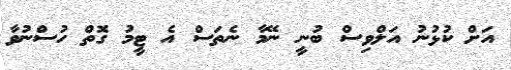
އަށް ކުޅުނު އަލްވިސް ބުނީ ނޭމާ ނެތަސް އެ ޓީމު ގޮތް ހުސްނުވާ